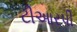
ટીઆરપી